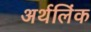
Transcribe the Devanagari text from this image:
अर्थलिंक